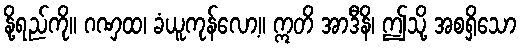
နို့ရည်ကို။ ဂဏှထ၊ ခံယူကုန်လော့။ ဣတိ အာဒီနိ၊ ဤသို့ အစရှိသော